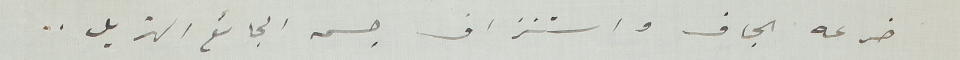
ضرعه الجاف واستنزاف جسمه الجائع الهزيل ..